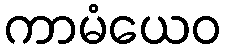
ကာမံယေဝ